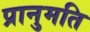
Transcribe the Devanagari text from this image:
प्रानुमति